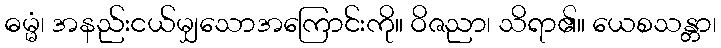
ဓမ္မံ၊ အနည်းငယ်မျှသောအကြောင်းကို။ ဝိဇညာ၊ သိရာ၏။ ယေစသန္တာ၊